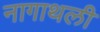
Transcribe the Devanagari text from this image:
नागाथली